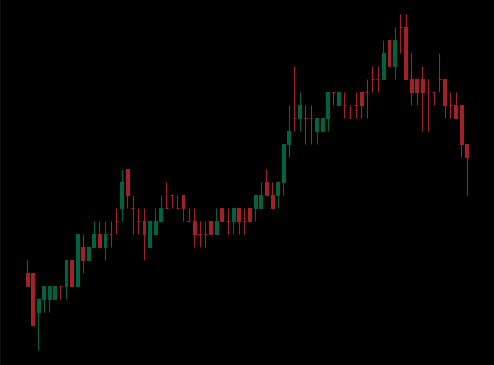
Pattern: bear_flag